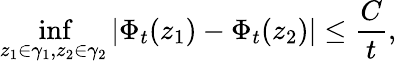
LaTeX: \operatorname*{inf}_{z_{1}\in\gamma_{1},z_{2}\in\gamma_{2}}|\Phi_{t}(z_{1})-\Phi_{t}(z_{2})|\leq\frac{C}{t},